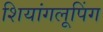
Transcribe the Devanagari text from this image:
शियांगलूपिंग